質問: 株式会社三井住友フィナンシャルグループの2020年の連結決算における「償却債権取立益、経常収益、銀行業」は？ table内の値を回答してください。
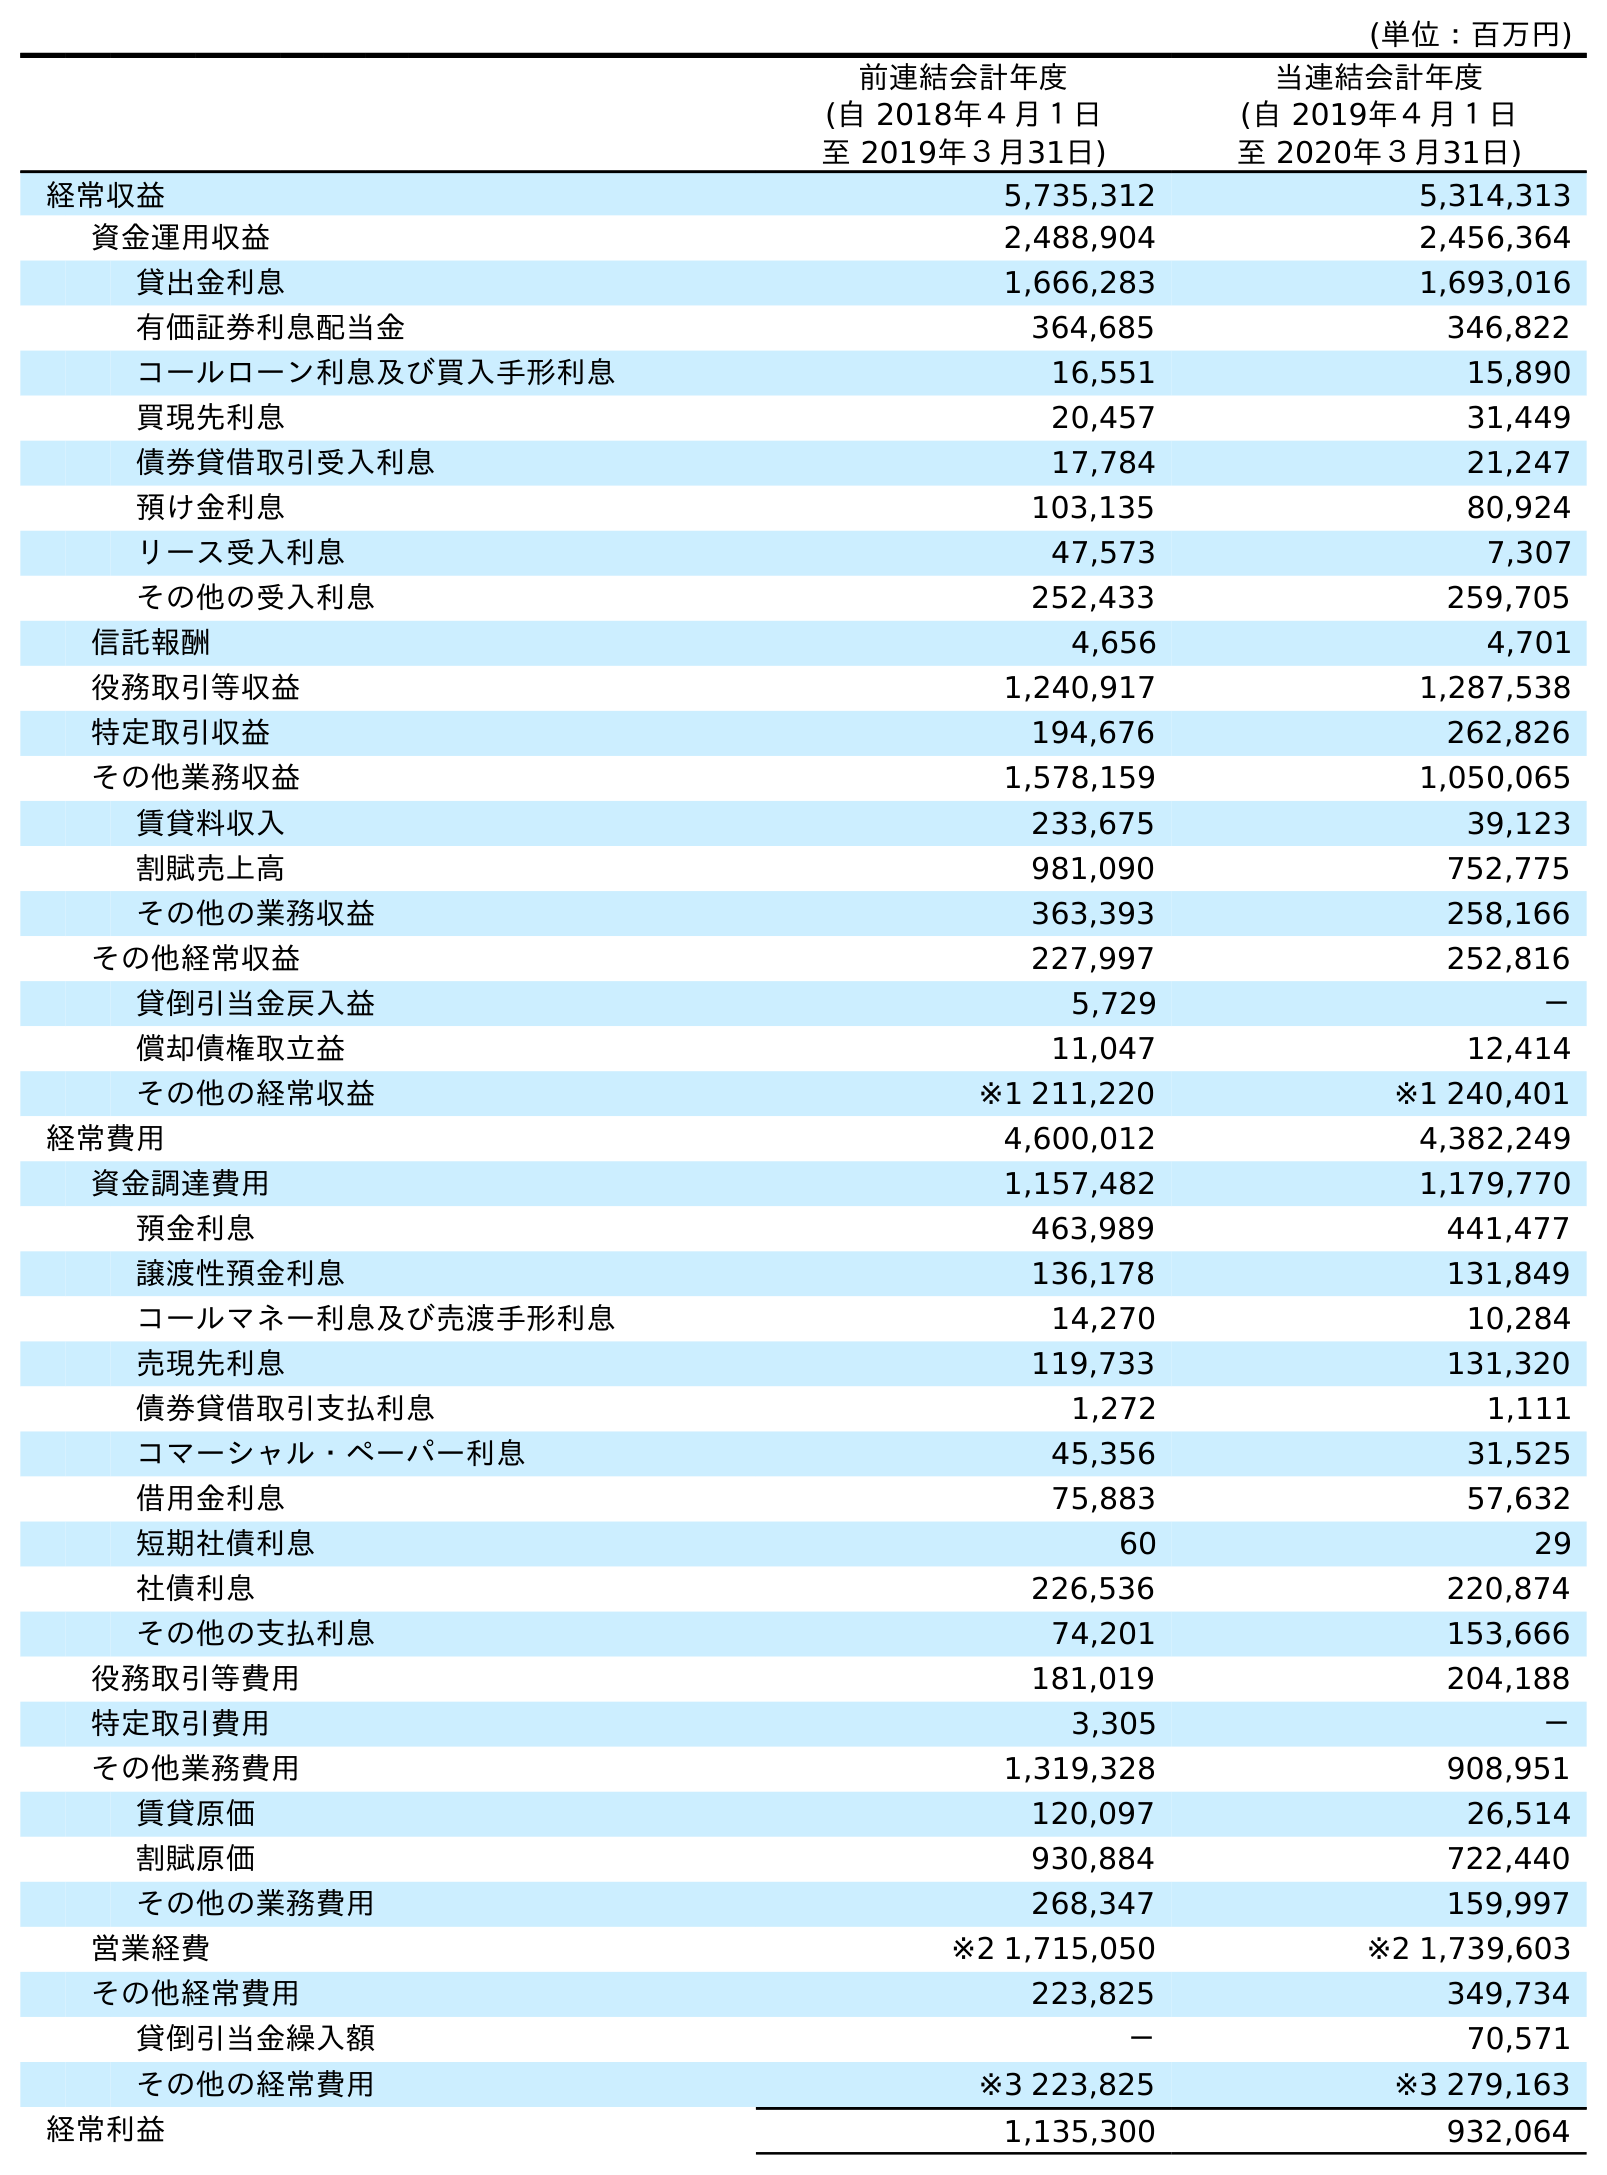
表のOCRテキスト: (単位：百万円) 前連結会計年度 (自 2018年４月１日 至 2019年３月31日) 当連結会計年度 (自 2019年４月１日 至 2020年３月31日) 経常収益 5,735,312 5,314,313 資金運用収益 2,488,904 2,456,364 貸出金利息 1,666,283 1,693,016 有価証券利息配当金 364,685 346,822 コールローン利息及び買入手形利息 16,551 15,890 買現先利息 20,457 31,449 債券貸借取引受入利息 17,784 21,247 預け金利息 103,135 80,924 リース受入利息 47,573 7,307 その他の受入利息 252,433 259,705 信託報酬 4,656 4,701 役務取引等収益 1,240,917 1,287,538 特定取引収益 194,676 262,826 その他業務収益 1,578,159 1,050,065 賃貸料収入 233,675 39,123 割賦売上高 981,090 752,775 その他の業務収益 363,393 258,166 その他経常収益 227,997 252,816 貸倒引当金戻入益 5,729 － 償却債権取立益 11,047 12,414 その他の経常収益 ※1 211,220 ※1 240,401 経常費用 4,600,012 4,382,249 資金調達費用 1,157,482 1,179,770 預金利息 463,989 441,477 譲渡性預金利息 136,178 131,849 コールマネー利息及び売渡手形利息 14,270 10,284 売現先利息 119,733 131,320 債券貸借取引支払利息 1,272 1,111 コマーシャル・ペーパー利息 45,356 31,525 借用金利息 75,883 57,632 短期社債利息 60 29 社債利息 226,536 220,874 その他の支払利息 74,201 153,666 役務取引等費用 181,019 204,188 特定取引費用 3,305 － その他業務費用 1,319,328 908,951 賃貸原価 120,097 26,514 割賦原価 930,884 722,440 その他の業務費用 268,347 159,997 営業経費 ※2 1,715,050 ※2 1,739,603 その他経常費用 223,825 349,734 貸倒引当金繰入額 － 70,571 その他の経常費用 ※3 223,825 ※3 279,163 経常利益 1,135,300 932,064
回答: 12,414